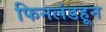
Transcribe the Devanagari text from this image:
फिनलंडहून